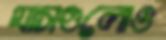
ঘাসগুলোও